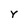
Character: Y